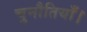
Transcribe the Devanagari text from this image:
चुनौतियाँ।